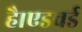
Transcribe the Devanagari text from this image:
है।एडवर्ड